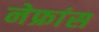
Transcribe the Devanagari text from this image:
नेफ्रांस